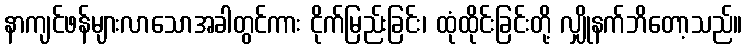
နာကျင်ဖန်များလာသောအခါတွင်ကား ငိုက်မြည်းခြင်း၊ ထုံထိုင်းခြင်းတို့ လျှိုနက်ဘိတော့သည်။